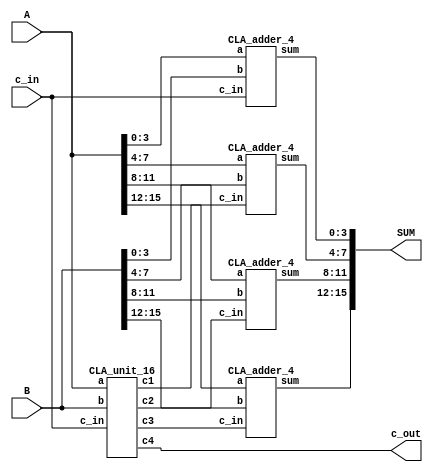
module CLA_add_16(SUM, c_out,A,B, c_in);
output [15:0] SUM;
output c_out;
input [15:0] A,B;
input c_in;
wire c1,c2,c3,c4;
wire [3:0] S1, S2, S3, S4;

CLA_unit_16 CLA_u(c_out,c3,c2,c1, A, B, c_in);

CLA_adder_4 u1(S1, A[3:0], B[3:0],c_in);
CLA_adder_4 u2(S2, A[7:4], B[7:4],c1);
CLA_adder_4 u3(S3, A[11:8], B[11:8],c2);
CLA_adder_4 u4(S4, A[15:12], B[15:12],c3);

assign SUM = {S4, S3, S2, S1};
endmodule

module CLA_adder_4(sum, a, b, c_in);
output [3:0] sum;
input [3:0] a,b;
input c_in;

wire p0,g0, p1,g1, p2,g2, p3,g3;
wire c4, c3, c2, c1;
wire t00,t10,t11,t20,t21,t22,t30,t31,t32,t33;

// compute the p for each stage
xor(p0,a[0],b[0]);
xor(p1,a[1],b[1]);
xor(p2,a[2],b[2]);
xor(p3,a[3],b[3]);
// compute the g for each stage
and(g0,a[0],b[0]);
and(g1,a[1],b[1]);
and(g2,a[2],b[2]);
and(g3,a[3],b[3]);

// carry lookahead computation
and(t00,p0,c_in);
or(c1,t00,g0);

and(t10,p1,g0);
and(t11,p1, p0,c_in);
or(c2,t10,t11,g1);

and(t20,p2,g1);
and(t21,p2, p1,g0);
and(t22,p2, p1,p0,c_in);
or(c3,t20,t21,t22,g2);

and(t30,p3,g2);
and(t31,p3, p2,g1);
and(t32,p3, p2,p1,g0);
and(t33,p3, p2,p1,p0,c_in);
or(c4,t30,t31,t32,t33,g3);

// Compute Sum
xor(sum[0],p0,c_in);
xor(sum[1],p1,c1);
xor(sum[2],p2,c2);
xor(sum[3],p3,c3);

endmodule


module CLA_unit_16(c4,c3,c2,c1, a, b, c_in);
output c4,c3,c2,c1;
input [15:0] a,b;
input c_in;

wire p0,g0, p1,g1, p2,g2, p3,g3;
wire t00,t10,t11,t20,t21,t22,t30,t31,t32,t33;

CLA_Group_Generation4 u1(g0, p0, a[3:0], b[3:0]);
CLA_Group_Generation4 u2(g1, p1, a[7:4], b[7:4]);
CLA_Group_Generation4 u3(g2, p2, a[11:8], b[11:8]);
CLA_Group_Generation4 u4(g3, p3, a[15:12], b[15:12]);

// carry lookahead computation
and(t00,p0,c_in);
or(c1,t00,g0);

and(t10,p1,g0);
and(t11,p1, p0,c_in);
or(c2,t10,t11,g1);

and(t20,p2,g1);
and(t21,p2, p1,g0);
and(t22,p2, p1,p0,c_in);
or(c3,t20,t21,t22,g2);

and(t30,p3,g2);
and(t31,p3, p2,g1);
and(t32,p3, p2,p1,g0);
and(t33,p3, p2,p1,p0,c_in);
or(c4,t30,t31,t32,t33,g3);

endmodule


module CLA_Group_Generation4(G, P, a, b);
output G,P;
input [3:0] a,b;

wire p0,g0, p1,g1, p2,g2, p3,g3;
wire c4, c3, c2, c1;
wire t00,t10,t11,t20,t21,t22,t30,t31,t32,t33;

// compute the p for each stage
xor(p0,a[0],b[0]);
xor(p1,a[1],b[1]);
xor(p2,a[2],b[2]);
xor(p3,a[3],b[3]);
// compute the g for each stage
and(g0,a[0],b[0]);
and(g1,a[1],b[1]);
and(g2,a[2],b[2]);
and(g3,a[3],b[3]);

// Group carry lookahead computation
and(t30,p3,g2);
and(t31,p3, p2,g1);
and(t32,p3, p2,p1,g0);
or(G,t30,t31,t32,g3);

and(P,p0,p1,p2,p3);
endmodule